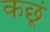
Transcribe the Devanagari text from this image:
कछूं